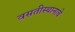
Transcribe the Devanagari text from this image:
वसतीस्थानाचे